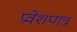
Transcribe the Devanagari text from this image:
प्रवेशपात्र